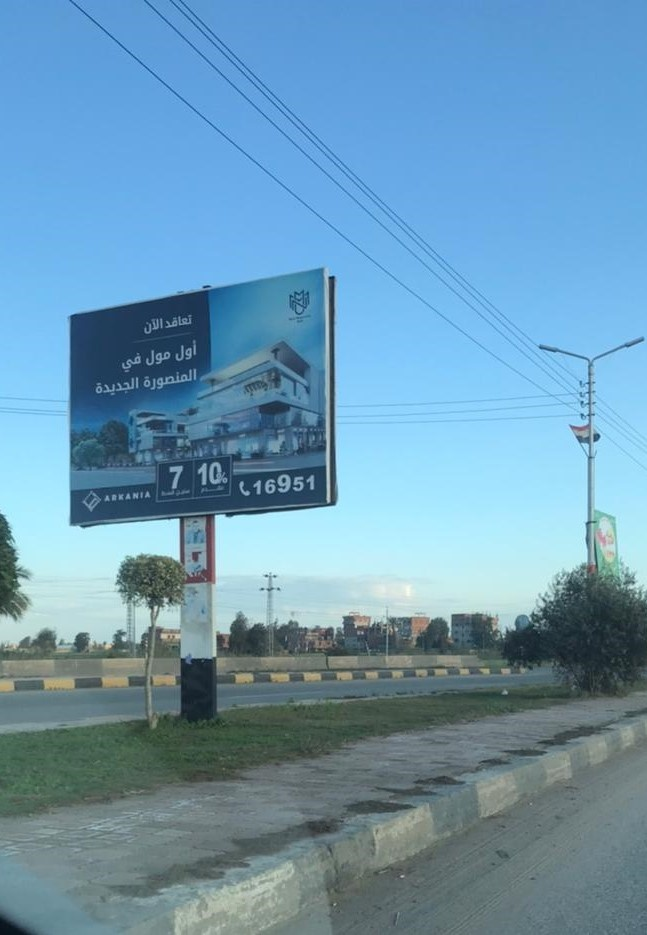
Text in image: تعاقد الآن أول مول في المنصورة الجديدة 10 7 16951